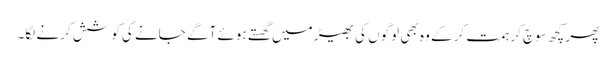
پھر کچھ سوچ کر ہمت کر کے وہ بھی لوگوں کی بھیڑ میں گھستے ہوئے آگے جانے کی کوشش کرنے لگا۔